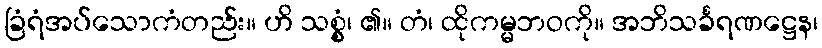
ခြံရံအပ်သောကံတည်း။ ဟိ သစ္စွံ၊ ၏။ တံ၊ ထိုကမ္မဘဝကို။ အဘိသင်္ခရဏဋ္ဌေန၊